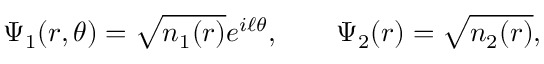
\Psi _ { 1 } ( r , \theta ) = \sqrt { n _ { 1 } ( r ) } e ^ { i \ell \theta } , \qquad \Psi _ { 2 } ( r ) = \sqrt { n _ { 2 } ( r ) } ,